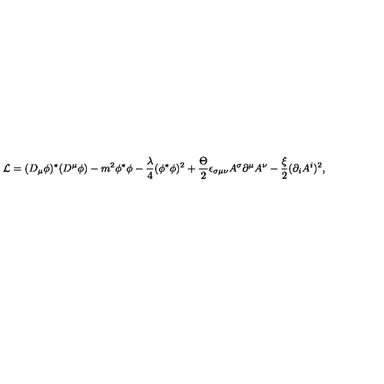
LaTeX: { \cal L } = ( D _ { \mu } \phi ) ^ { * } ( D ^ { \mu } \phi ) - m ^ { 2 } \phi ^ { * } \phi - \frac \lambda 4 ( \phi ^ { * } \phi ) ^ { 2 } + \frac \Theta 2 \epsilon _ { \sigma \mu \nu } A ^ { \sigma } \partial ^ { \mu } A ^ { \nu } - \frac \xi 2 ( \partial _ { i } A ^ { i } ) ^ { 2 } ,